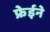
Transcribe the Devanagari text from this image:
फ्रेईने